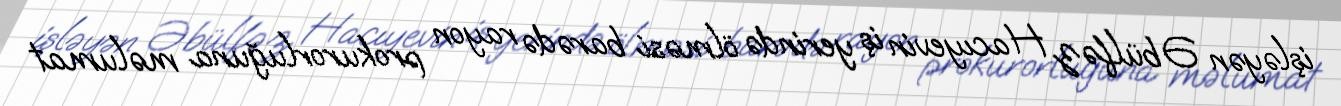
işləyən Əbülfəz Hacıyevin iş yerində ölməsi barədə rayon prokurorluğuna məlumat